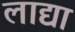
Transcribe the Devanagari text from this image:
लाद्या